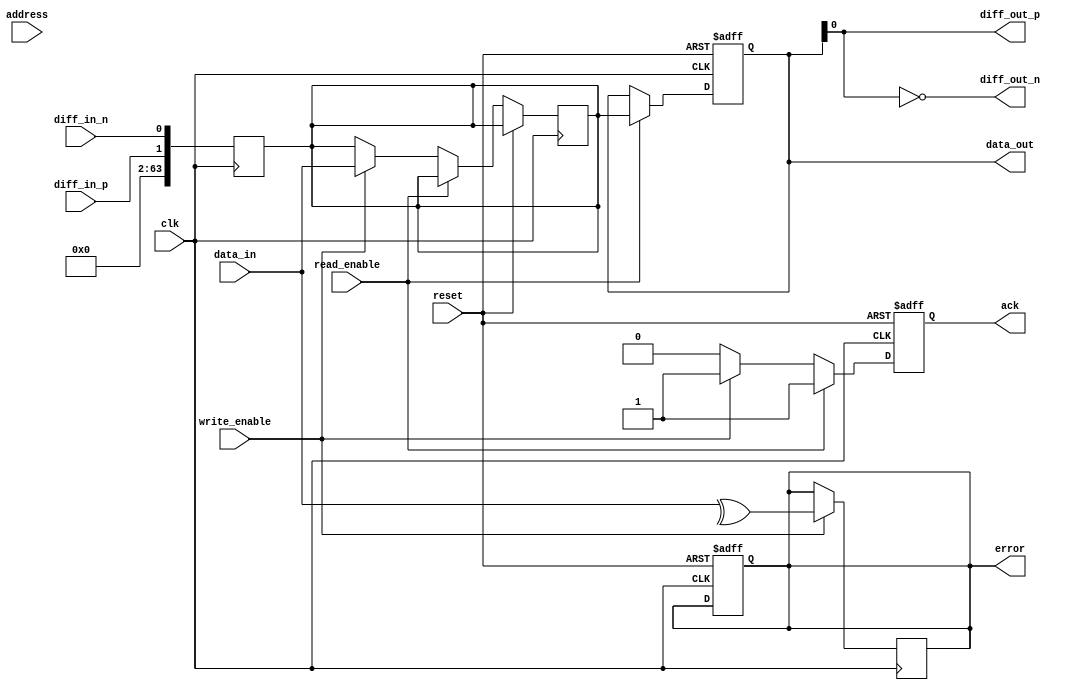
module IO_Block (
    input wire clk,
    input wire reset,
    input wire [DATA_WIDTH-1:0] data_in,
    output reg [DATA_WIDTH-1:0] data_out,
    input wire [ADDR_WIDTH-1:0] address,
    input wire read_enable,
    input wire write_enable,
    output reg ack,
    output reg error,
    // Additional signals for differential signaling
    output wire diff_out_p,
    output wire diff_out_n,
    input wire diff_in_p,
    input wire diff_in_n
);
    parameter DATA_WIDTH = 64; // Width of data bus
    parameter ADDR_WIDTH = 32; // Width of address bus

    // Data buffers
    reg [DATA_WIDTH-1:0] data_buffer;
    
    // I/O Driver signals
    wire io_driver_enable;
    
    // Control Logic
    always @(posedge clk or posedge reset) begin
        if (reset) begin
            data_out <= 0;
            ack <= 0;
            error <= 0;
        end else begin
            if (read_enable) begin
                // Read operation
                data_out <= data_buffer; // Output the buffered data
                ack <= 1; // Acknowledge read operation
            end else if (write_enable) begin
                // Write operation
                data_buffer <= data_in; // Store incoming data to buffer
                ack <= 1; // Acknowledge write operation
            end else begin
                ack <= 0; // No operation
            end
        end
    end

    // Address Decoder
    wire [3:0] bank_select;
    assign bank_select = address[ADDR_WIDTH-1:ADDR_WIDTH-4]; // Example address decoding

    // Error Correction Logic (simple parity check for illustration)
    always @(posedge clk) begin
        if (write_enable) begin
            // Simple error detection logic (parity)
            error <= ^data_in; // Set error if parity is odd
        end
    end

    // Differential I/O Driver
    assign diff_out_p = data_out[0]; // Example for differential output
    assign diff_out_n = ~data_out[0]; // Inverted signal for differential output

    // Input differential signals handling
    always @(posedge clk) begin
        data_buffer <= {diff_in_p, diff_in_n}; // Example of handling differential input
    end

endmodule